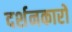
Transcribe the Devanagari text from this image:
दर्शनकारों